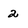
Character: 2